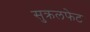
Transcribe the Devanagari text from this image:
सुक्रलफेट